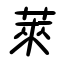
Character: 萊